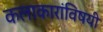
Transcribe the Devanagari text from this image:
कलाकारांविषयी